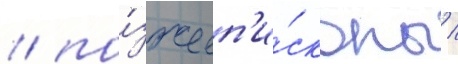
/ по́зже еп'и́скопы /